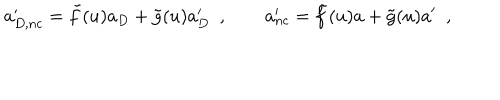
a _ { D , n c } ^ { \prime } = \tilde { f } ( u ) a _ { D } + \tilde { g } ( u ) a _ { D } ^ { \prime } \ \ , \qquad a _ { n c } ^ { \prime } = \tilde { f } ( u ) a + \tilde { g } ( u ) a ^ { \prime } \ \ ,